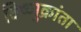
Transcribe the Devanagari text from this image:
विष्णुक्रांता